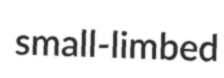
small-limbed